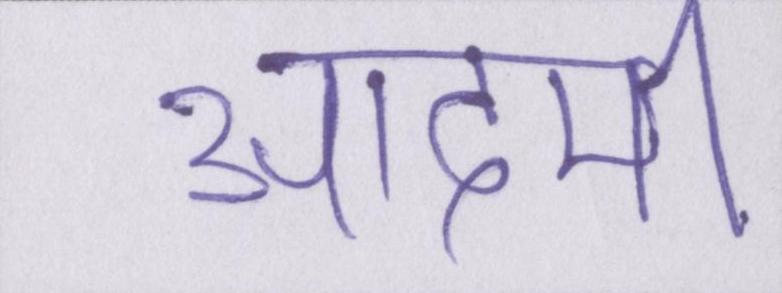
आदमी